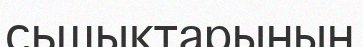
сьшықтарының